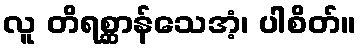
လူ တိရစ္ဆာန်သေအံ့၊ ပါစိတ်။